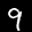
Label: 9